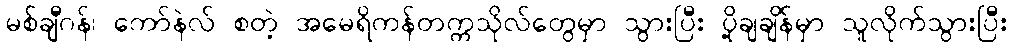
မစ်ချီဂန်၊ ကော်နဲလ် စတဲ့ အမေရိကန်တက္ကသိုလ်တွေမှာ သွားပြီး ပို့ချချိန်မှာ သူလိုက်သွားပြီး